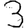
Digit: 3